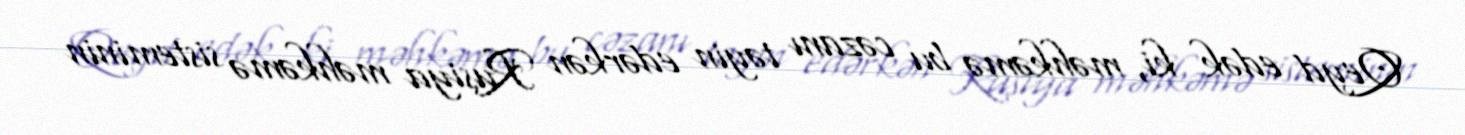
Qeyd edək ki, məhkəmə bu cəzanı təyin edərkən Rusiya məhkəmə sisteminin